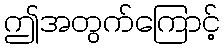
ဤအတွက်ကြောင့်